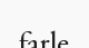
farle